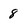
Character: 8